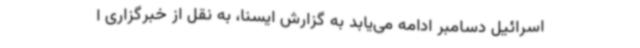
اسرائیل دسامبر ادامه می‌یابد به گزارش ایسنا، به نقل از خبرگزاری ا